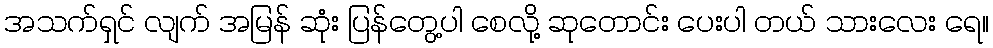
အသက်ရှင် လျက် အမြန် ဆုံး ပြန်တွေ့ပါ စေလို့ ဆုတောင်း ပေးပါ တယ် သားလေး ရေ။